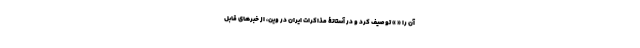
آن را « » توصیف کرد و در آستانۀ مذاکرات ایران در وین، از خبرهای قابل